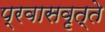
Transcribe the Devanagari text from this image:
प्रवासवृत्ते